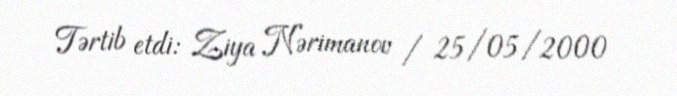
Tərtib etdi: Ziya Nərimanov / 25/05/2000